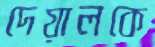
দেয়ালকে